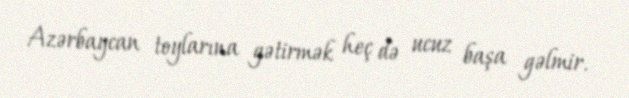
Azərbaycan toylarına gətirmək heç də ucuz başa gəlmir.